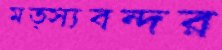
মত্স্যবন্দর